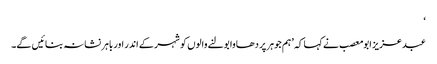
‘
عبدعزیز ابو معصب نے کہا کہ ’ہم جوہر پر دھاوا بولنے والوں کو شہر کے اندر اور باہر نشانہ بنائیں گے۔